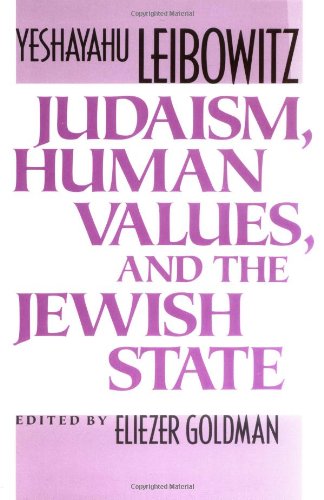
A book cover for Judaism, Human Values, and the Jewish State; Yeshayahu Leibowitz; Religion & Spirituality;